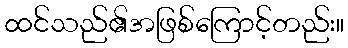
ထင်သည်၏အဖြစ်ကြောင့်တည်း။